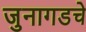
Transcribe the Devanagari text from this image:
जुनागडचे